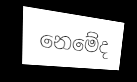
නෙමේද